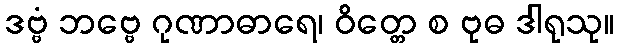
ဒဗ္ဗံ ဘဗ္ဗေ ဂုဏာဓာရေ၊ ဝိတ္တေ စ ဗုဓ ဒါရုသု။